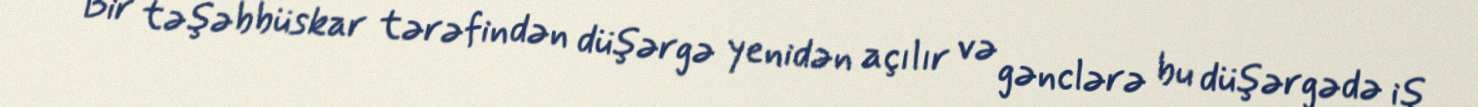
Bir təşəbbüskar tərəfindən düşərgə yenidən açılır və gənclərə bu düşərgədə iş